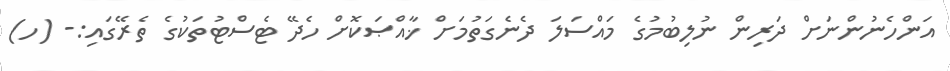
އަންހެނުންނަށް ދަރިން ނުލިބުމުގެ މައްސަލަ ދެނެގަތުމަށް ޚާއްޞަކޮށް ހެދޭ ޓެސްޓުތަކުގެ ތެރޭގައި:- (ހ)